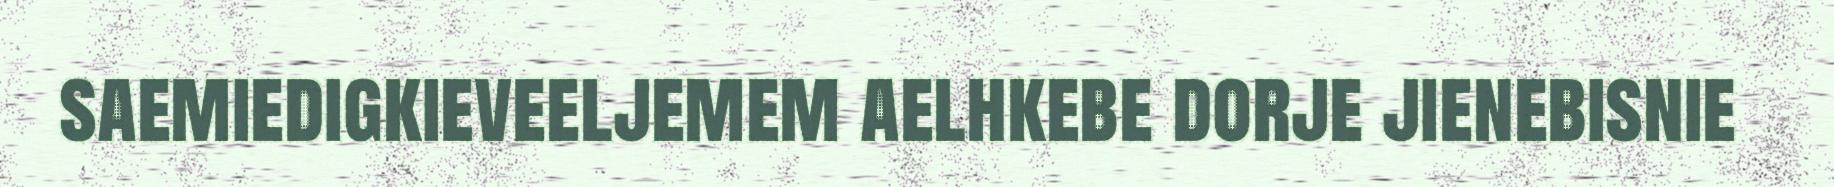
saemiedigkieveeljemem aelhkebe dorje jienebisnie